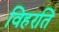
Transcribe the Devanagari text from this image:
विहरति